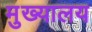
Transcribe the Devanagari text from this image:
मुख्यालय